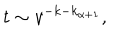
t \sim v ^ { - k - k _ { \alpha + 1 } } ,